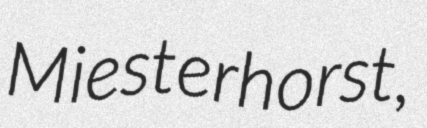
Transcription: Miesterhorst,